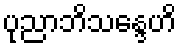
ပုညာဘိသန္ဒေဟိ